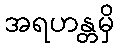
အရဟန္တမှိ